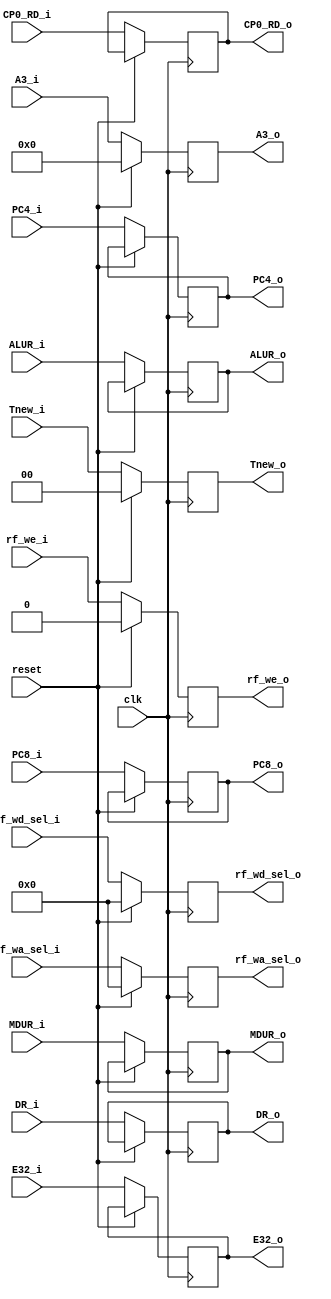
`timescale 1ns / 1ps
//////////////////////////////////////////////////////////////////////////////////
// Company: 
// Engineer: 
// 
// Design Name: 
// Module Name:    W 
// Project Name: 
// Target Devices: 
// Tool versions: 
// Description: 
//
// Dependencies: 
//
// Revision: 
// Revision 0.01 - File Created
// Additional Comments: 
//
//////////////////////////////////////////////////////////////////////////////////
module W(
    input [1:0] Tnew_i,
	 input [4:0] A3_i,
	 input [31:0] ALUR_i,
	 input [31:0] MDUR_i,
	 input [31:0] PC4_i,
	 input [31:0] E32_i,
	 input [31:0] PC8_i,
	 input [31:0] DR_i,
	 input [31:0] CP0_RD_i,
	 input clk,
	 input reset,
	 output reg [1:0] Tnew_o,
	 output reg [4:0] A3_o,
	 output reg [31:0] ALUR_o,
	 output reg [31:0] MDUR_o,
	 output reg [31:0] PC4_o,
	 output reg [31:0] E32_o,
	 output reg [31:0] PC8_o,
	 output reg [31:0] DR_o,
	 output reg [31:0] CP0_RD_o,
	 
	 input [3:0] rf_wa_sel_i,
	 input [3:0] rf_wd_sel_i,
	 input rf_we_i,
	 
	 output reg [3:0] rf_wa_sel_o,
	 output reg [3:0] rf_wd_sel_o,
	 output reg rf_we_o
    );
    always @(posedge clk) begin
	     if(reset) begin
		      A3_o <= 0;
				Tnew_o <= 0;
		      rf_we_o <= 0;
				rf_wa_sel_o <= 0;
				rf_wd_sel_o <= 0;
		  end
		  else begin
		      Tnew_o <= Tnew_i;
	         A3_o <= A3_i;
	         ALUR_o <= ALUR_i;
				MDUR_o <= MDUR_i;
	         PC4_o <= PC4_i;
	         E32_o <= E32_i;
				PC4_o <= PC4_i;
	         PC8_o <= PC8_i;
	         DR_o <= DR_i;
				CP0_RD_o <= CP0_RD_i;
				
				rf_wa_sel_o <= rf_wa_sel_i;
				rf_wd_sel_o <= rf_wd_sel_i;
				rf_we_o <= rf_we_i;
		  end
	 end

endmodule